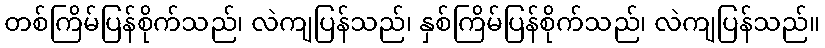
တစ်ကြိမ်ပြန်စိုက်သည်၊ လဲကျပြန်သည်၊ နှစ်ကြိမ်ပြန်စိုက်သည်၊ လဲကျပြန်သည်။